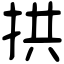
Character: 拱